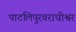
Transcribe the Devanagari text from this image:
पाटलिपुरवराधीश्वर